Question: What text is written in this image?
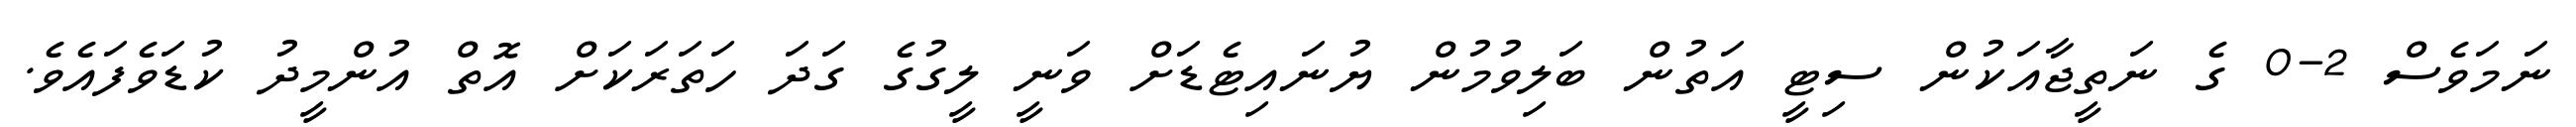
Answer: ނަމަވެސް 2-0 ގެ ނަތީޖާއަކުން ސިޓީ އަތުން ބަލިވުމުން ޔުނައިޓެޑަށް ވަނީ ލީގުގެ ގަދަ ހަތަރަކަށް އޮތް އުންމީދު ކުޑަވެފައެވެ.